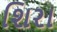
શિરા